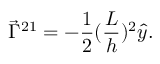
\vec { \Gamma } ^ { 2 1 } = - \frac { 1 } { 2 } ( \frac { L } { h } ) ^ { 2 } \hat { y } .